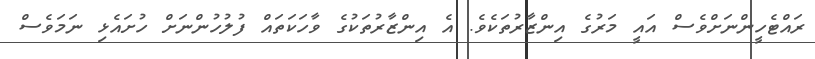
ރައްޓެހީންނަށްވެސް އައީ މަރުގެ އިންޒާރުތަކެވެ. އެ އިންޒާރުތަކުގެ ވާހަކަތައް ފުލުހުންނަށް ހުށައެޅި ނަމަވެސް